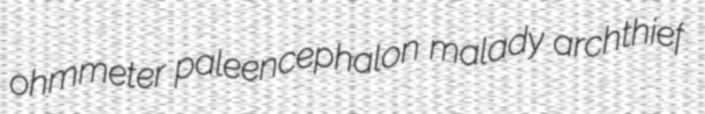
ohmmeter paleencephalon malady archthief